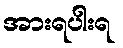
အားရပါးရ